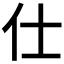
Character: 仕